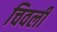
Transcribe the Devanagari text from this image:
चिवली